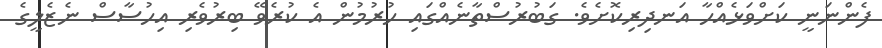
ފެންނަނީ ކަށްވަޅެއްހާ އަނދިރިކޮށެވެ. ގަބުރުސްތާނެއްގައި ހުރުމުން އެ ކުރެވޭ ބިރުވެރި އިހުސާސް ނެޒެލީގެ